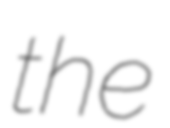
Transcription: the